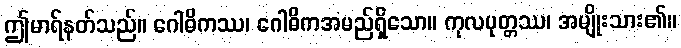
ဤမာရ်နတ်သည်။ ဂေါဓိကဿ၊ ဂေါဓိကအမည်ရှိသော။ ကုလပုတ္တဿ၊ အမျိုးသား၏။